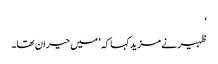
‘
ظہیر نے مزید کہا کہ ’میں حیران تھا۔